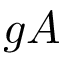
g A